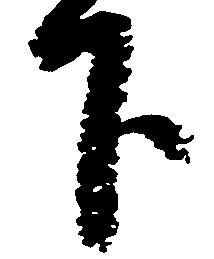
下